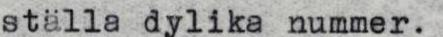
ställa dylika nummer.